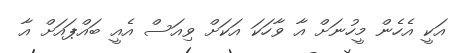
އަކީ އެހެން މީހުނަށް އާ ވާހަކަ އަކަށް ވިއަސް އެއީ ބައްޕައަށް އާ